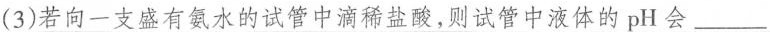
(3)若向一支盛有氨水的试管中滴稀盐酸，则试管中液体的pH会___